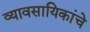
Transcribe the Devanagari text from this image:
व्यावसायिकांचे